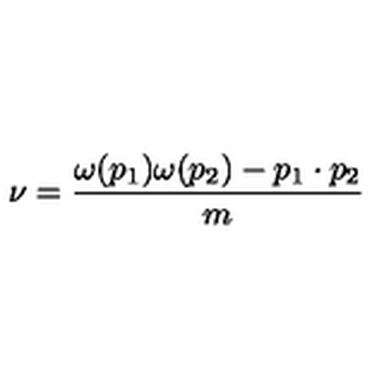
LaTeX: \nu = \frac { \omega ( p _ { 1 } ) \omega ( p _ { 2 } ) - p _ { 1 } \cdot p _ { 2 } } { m }